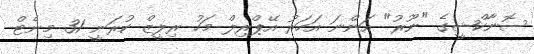
ސޮނާކްޝީގެ "ނޫރު" އަންނަ އަހަރު އޭޕްރިލް މަހު ރިލީޒް ކުރަނީ 31 މިނެޓް